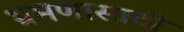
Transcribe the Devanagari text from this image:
भ्रमणासाठी